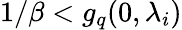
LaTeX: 1/\beta<g_{q}(0,\lambda_{i})